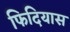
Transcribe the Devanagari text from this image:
फिदियास